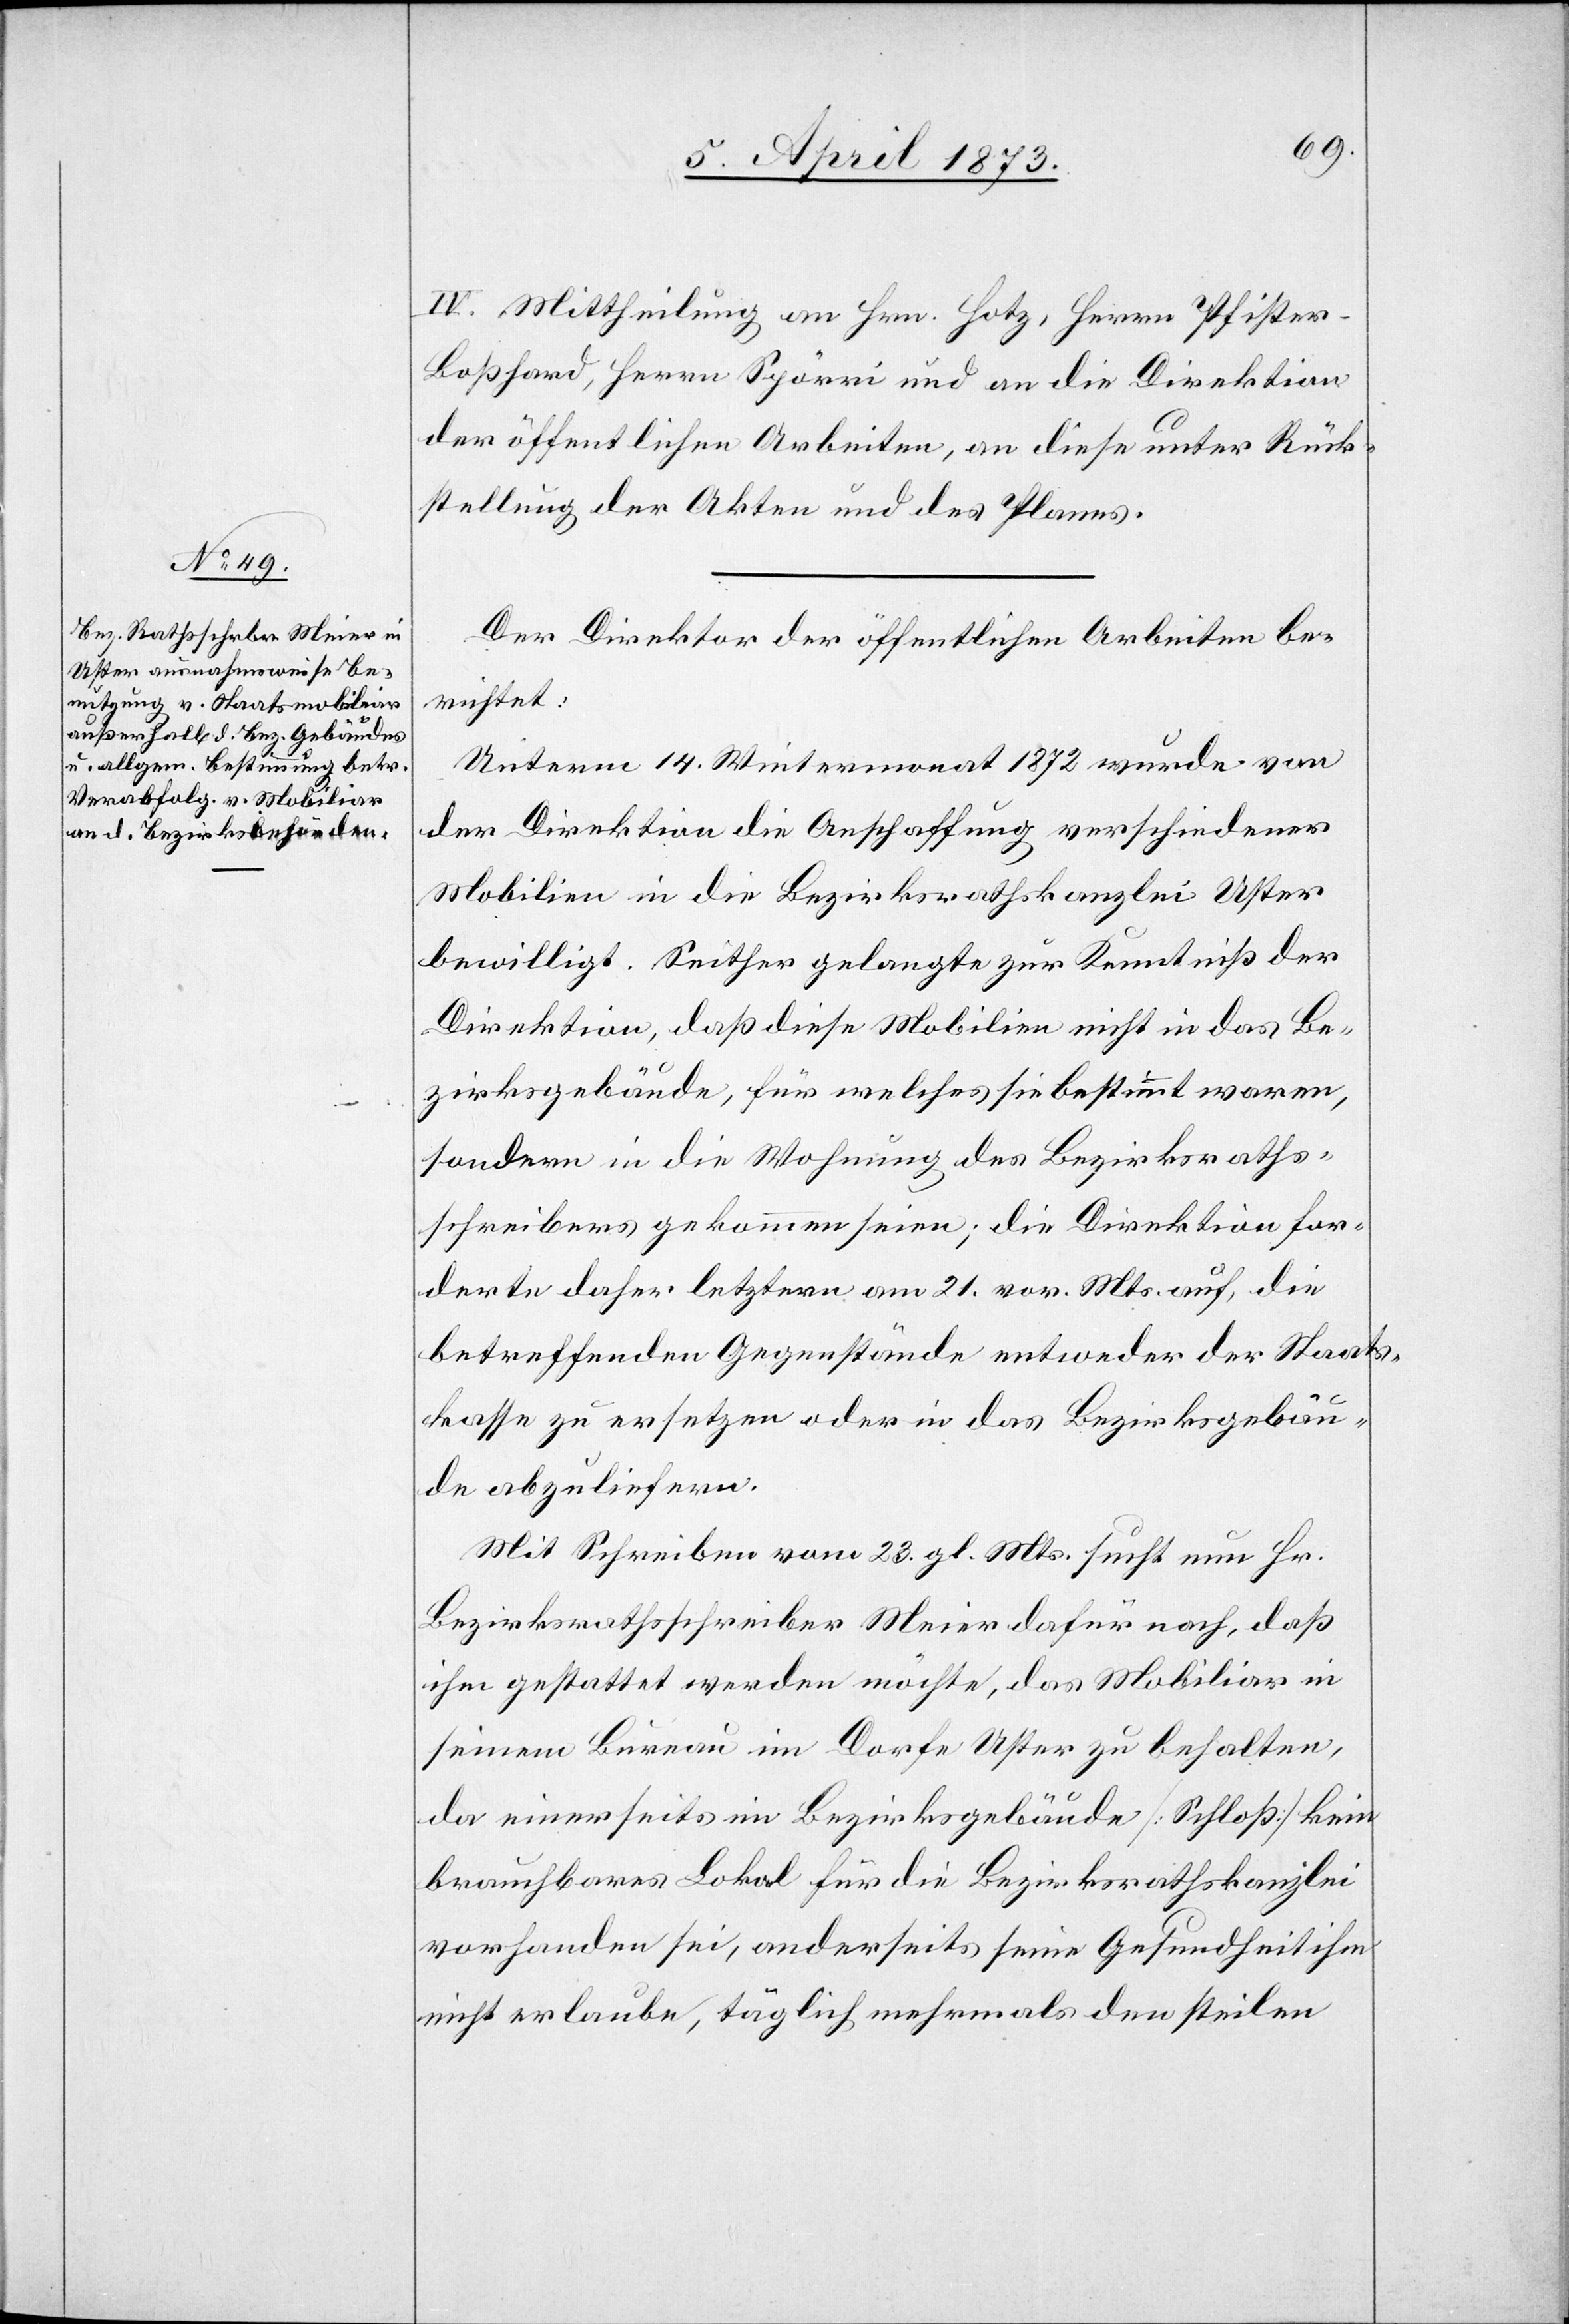
IV. Mittheilung an Hrn. Hotz, Herrn Pfister-B¬
oßhard, Herrn Spörri und an die Direktion
der öffentlichen Arbeiten, an diese unter Rück¬
stellung der Akten und des Planes.
Der Direktor der öffentlichen Arbeiten be¬
richtet:
Unterm 14. Wintermonat 1872 wurde von
der Direktion die Anschaffung verschiedener
Mobilien in die Bezirksrathskanzlei Uster
bewilligt. Seither gelangte zur Kenntniß der
Direktion, daß diese Mobilien nicht in das Be¬
zirksgebäude, für welches sie bestimmt waren,
sondern in die Wohnung des Bezirksraths¬
schreibers gekommen seien; die Direktion for¬
derte daher letztern am 21. vor. Mts. auf, die
betreffenden Gegenstände entweder der Staats¬
kasse zu ersetzen oder in das Bezirksgebäu¬
de abzuliefern.
Mit Schreiben vom 23. gl. Mts. sucht nun Hr.
Bezirksrathsschreiber Meier dafür nach, daß
ihm gestattet werden möchte, das Mobiliar in
seinem Bureau im Dorfe Uster zu behalten,
da einerseits im Bezirksgebäude [Schloß] kein
brauchbares Lokal für die Bezirksrathskanzlei
vorhanden sei, anderseits seine Gesundheit ihm
nicht erlaube, täglich mehrmals den steilen